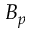
B _ { p }